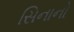
સિનાનો